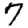
Digit: 7